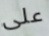
على